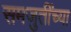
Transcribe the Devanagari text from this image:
समजुतींच्या